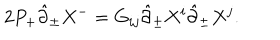
LaTeX: 2 P _ { + } \hat { \partial } _ { \pm } X ^ { - } = G _ { i j } \hat { \partial } _ { \pm } X ^ { i } \hat { \partial } _ { \pm } X ^ { j } .